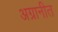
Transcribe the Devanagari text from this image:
अग्रानीत